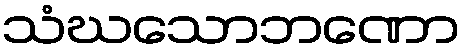
သံဃသောဘဏော